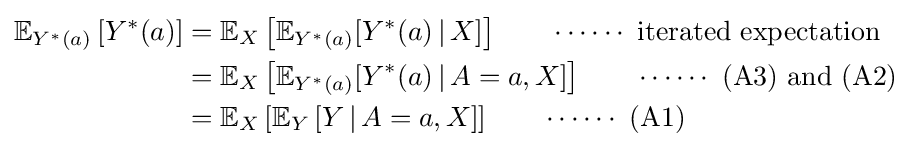
{\begin{aligned}\mathbb {E} _{Y^{*}(a)}\left[Y^{\ast }(a)\right]&=\mathbb {E} _{X}\left[\mathbb {E} _{Y^{*}(a)}[Y^{\ast }(a)\,|\,X]\right]\qquad \cdots \cdots {\text{ iterated expectation }}\\&=\mathbb {E} _{X}\left[\mathbb {E} _{Y^{*}(a)}[Y^{\ast }(a)\,|\,A=a,X]\right]\qquad \cdots \cdots {\text{ (A3) and (A2) }}\\&=\mathbb {E} _{X}\left[\mathbb {E} _{Y}\left[Y\,|\,A=a,X\right]\right]\qquad \cdots \cdots {\text{ (A1) }}\end{aligned}}